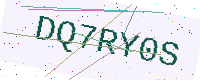
Text: DQ7RY0S